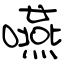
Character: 嚥